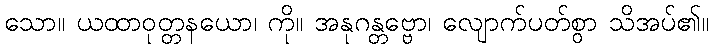
သော။ ယထာဝုတ္တနယော၊ ကို။ အနုဂန္တဗ္ဗော၊ လျောက်ပတ်စွာ သိအပ်၏။